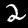
Digit: 2